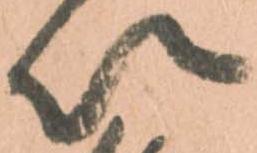
以